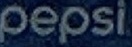
Pepsi